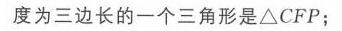
度为三边长的一个三角形是\(\triangle CFP\)；